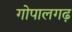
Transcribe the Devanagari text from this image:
गोपालगढ़